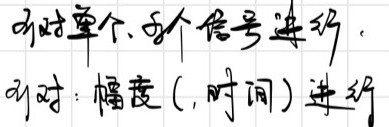
不对单个、多个信号进行，对：幅度(, 时间)进行。